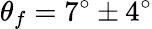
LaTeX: \theta_{f}=7^{\circ}\pm 4^{\circ}